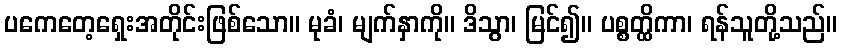
ပကေတေ့ရှေးအတိုင်းဖြစ်သော။ မုခံ၊ မျက်နှာကို။ ဒိသွာ၊ မြင်၍။ ပစ္စတ္ထိကာ၊ ရန်သူတို့သည်။